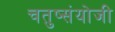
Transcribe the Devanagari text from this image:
चतुष्संयोजी